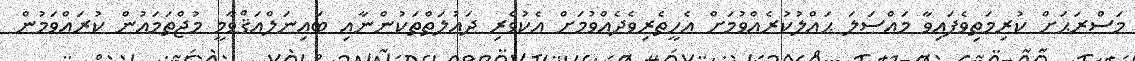
މަސްރަޙަށް ކުރިމަތިވެފައިވާ މައްސަލަ ޙައްލުކުރެއްވުމަށް އެހީތެރިވެދެއްވުމަށް އެކުވެރި ދައުލަތްތަކުންނާއި ބައިނަލްއަޤްވާމީ މުޖްތަމަޢުން ކުރައްވަމުން